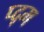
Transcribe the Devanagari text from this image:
प्द्म